Distribution and causation of leprosy in British India
Year: 1875
Disease focus: Leprosy
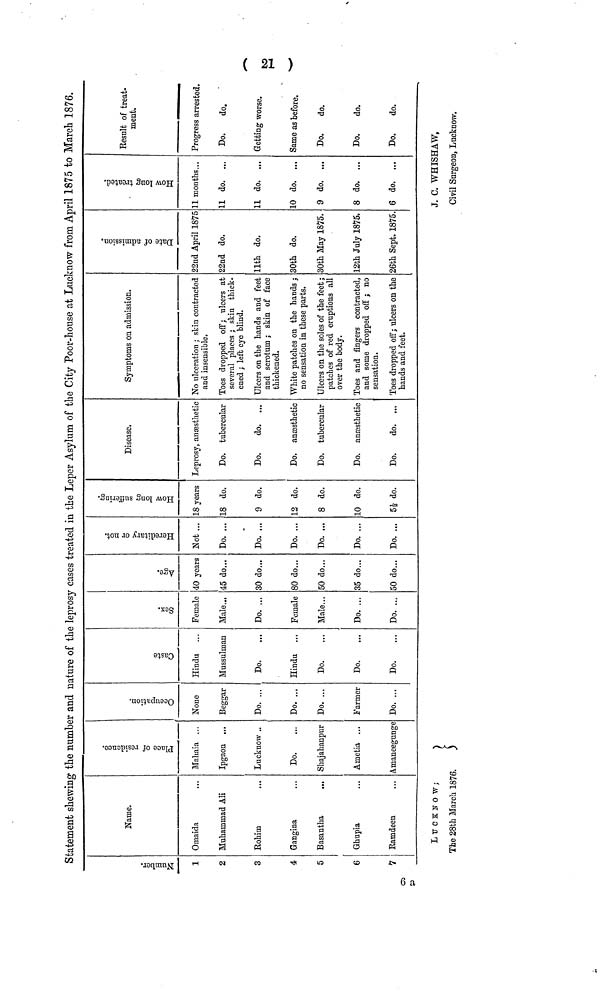
Statement shewing the number and nature of the leprosy cases treated in the Leper Asylum of the City Poor-house at Lucknow from April 1875 to March 1876.
1
2
3
4
5
6
7
Name.
Omaida
Muhammad Ali
Rohim
Gangina
Basantha
Ghupia
Ramdeen
Mahaia ...
Ipgaon ...
Lucknow ..
Do.
Shajahanpur
Ametia ...
Amaneegunge
Occupation.
None
Beggar
Do. ...
Do. ...
Do. ...
Farmer.
Do. ...
Hindu
Mussulman
Do.
Hindu
Do.
Do.
Do.
Female
Male
Do. ...
Fernale
Male...
Do. ...
Do. ...
40 years
45 do...
30 do...
80 do...
50 do...
35 do...
50 do...
Not ...
Do. ...
Do. ...
Do. ...
Do.
Do. ...
Do. ...
18 years
18 do.
9 do.
12 do.
8 do.
10 do.
5½ do.
Disease.
Leprosy, anæsthetic
Do. tubercular
Do.
do. ...
Do. anæsthetic
Do. tubercular
Do. anæsthetic
Do.
do. ...
Symptoms on admission.
No ulceration ; skin contracted
and insensible.
Toes dropped off; ulcers at
several places ; skin thick-
ened; left eye blind.
Ulcers on the hands and feet
and scrotum ; skin of face
thickened.
White patches on the hands;
no sensation in these parts.
Ulcers on the soles of the feet ;
patches of red eruptions all
over the body.
Toes and fingers contracted,
and some dropped off ; no
sensation.
Toes dropped off; ulcers on the
hands and feet.
22nd April 1875
22nd do.
11th do.
30th do.
30th May 1875.
12th July 1875.
26th Sept. 1875.
11 mouths...
11 do. ...
11 do. ...
10 do. ...
9 do. ...
8 do. ...
6 do. ...
Result of treat-
ment.
Progress arrested.
Do.
do.
Getting worse.
Same as before.
Do.
do.
Do.
do.
Do.
do.
LUCKNOW;
J. C. WHISHAW,
The 28th March 1876.
Civil Surgeon, Lucknow.
(20)